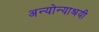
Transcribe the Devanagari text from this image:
अन्योन्याश्रयी